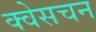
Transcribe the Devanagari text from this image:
क्वेसचन